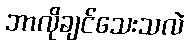
ဘာလိုချင်သေးသလဲ